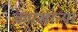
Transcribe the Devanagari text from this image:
कारखान्या